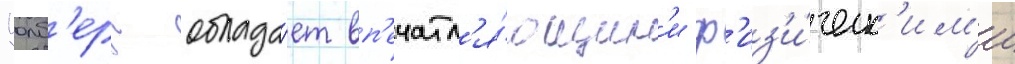
Уолб'ерг облада́ет вп'ечатл'я́ющим'и ф'из'и́ческ'им'и